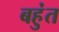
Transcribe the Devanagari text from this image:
बहुंत